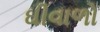
ઘીવાળો